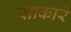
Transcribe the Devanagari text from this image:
साकारे